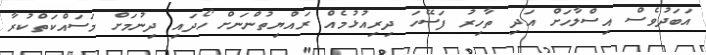
އަބަދުވެސް އިސްލާހަށް އަދި ތާހިރު ފަސޭހަ ދިރިއުޅުމެއް ރައްޔިތުންނަށް ހޯދައި ދިނުމަށް މަސައްކަތްކުރާ